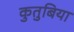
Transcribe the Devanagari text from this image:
कुतुबिया